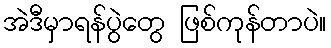
အဲဒီမှာရန်ပွဲတွေ ဖြစ်ကုန်တာပဲ။